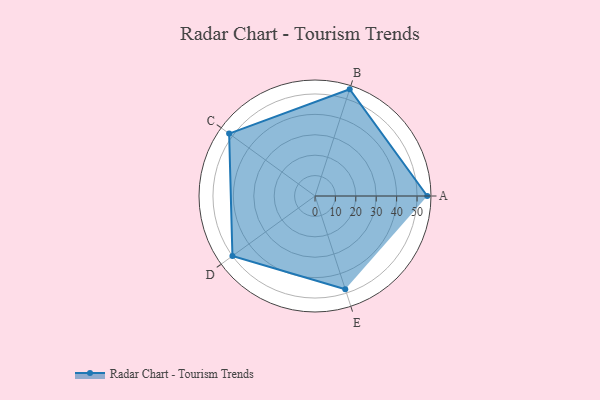
{"axis": {"x": "Skill", "y": "Score"}, "legend": ["Profile"], "data": [{"x": "A", "y": 55.0, "type": "Profile"}, {"x": "B", "y": 55.0, "type": "Profile"}, {"x": "C", "y": 52.0, "type": "Profile"}, {"x": "D", "y": 50.0, "type": "Profile"}, {"x": "E", "y": 48.0, "type": "Profile"}]}